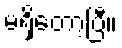
မရှိတော့ပြီ။